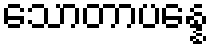
သောတာပန္နေ